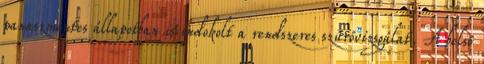
panaszmentes állapotban is indokolt a rendszeres szűrővizsgálat. A belső